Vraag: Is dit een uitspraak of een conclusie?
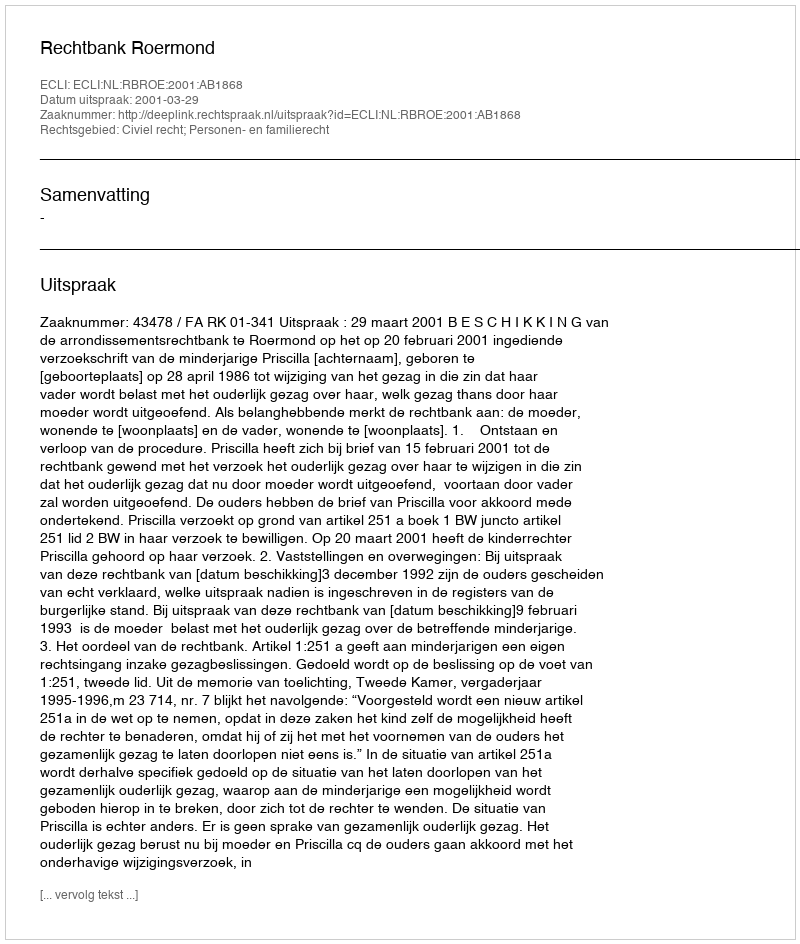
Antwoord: Uitspraak